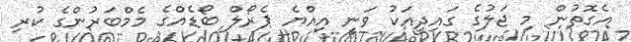
އެގޮތުން މި ޖަލުގެ ގައިދީއަކު ވަނީ އިއްޔެ ޕެރޯލް ބޯޑެއްގެ މެމްބަރުންގެ ކުރި